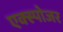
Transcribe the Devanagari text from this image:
एक्‍स्पोजर